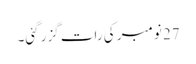
27 نومبر کی رات گزر گئی۔